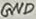
Text: GND